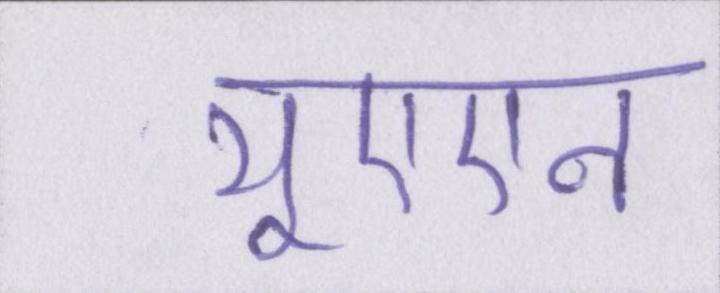
यूएएन